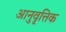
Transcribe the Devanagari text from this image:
आनुवृत्तिक